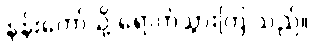
နန်းတော်သို့ ရောက်သွားကြ သည်။